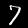
Label: 7